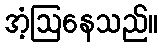
အံ့ဩနေသည်။